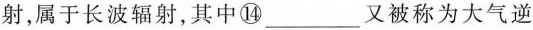
射，属于长波辐射，其中⑭___又被称为大气逆